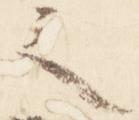
之